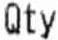
QTY